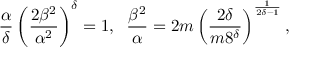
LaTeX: \frac { \alpha } { \delta } \left( \frac { 2 \beta ^ { 2 } } { \alpha ^ { 2 } } \right) ^ { \delta } = 1 , \; \; \frac { \beta ^ { 2 } } { \alpha } = 2 m \left( \frac { 2 \delta } { m 8 ^ { \delta } } \right) ^ { \frac { 1 } { 2 \delta - 1 } } ,